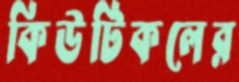
কিউটিকলের